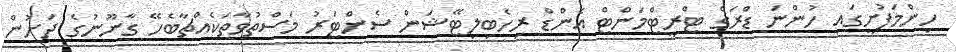
ހިންމަފުށީގައި ހުންނަ ޑްރަގް ޓްރީޓްމަންޓް އެންޑް ރިހެބިލިޓޭޝަން ސެންޓަރު މަސްތުވާތަކެއްޗާބެހޭ ގާނޫނުގެ ދަށުން